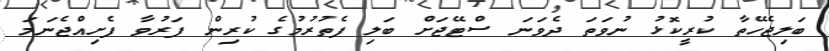
ބަލިޖެހޭތާ ކުރީކޮޅު ނުވަތަ ދެވަނަ ސްޓޭޖަށް ބަލި ފެތުރުމުގެ ކުރިން ފަރުވާ ފެށިއްޖެނަމަ